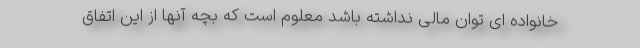
خانواده ای توان مالی نداشته باشد معلوم است که بچه‌ آنها از این اتفاق